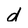
Character: d